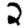
Digit: 2